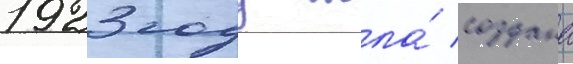
1923 году была́ создана